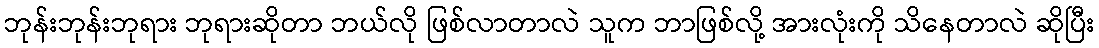
ဘုန်းဘုန်းဘုရား ဘုရားဆိုတာ ဘယ်လို ဖြစ်လာတာလဲ သူက ဘာဖြစ်လို့ အားလုံးကို သိနေတာလဲ ဆိုပြီး